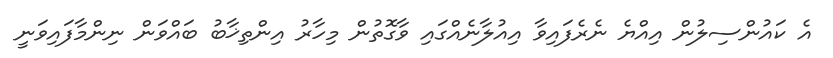
އެ ކައުންސިލުން އިއްޔެ ނެރެފައިވާ އިއުލާނެއްގައި ވާގޮތުން މިހާރު އިންތިޚާބު ބައްވަން ނިންމާފައިވަނީ